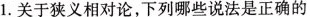
1.关于狭义相对论，下列哪些说法是正确的